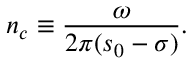
{ { n } _ { c } } \equiv \frac { \omega } { 2 \pi ( { { s } _ { 0 } } - \sigma ) } .